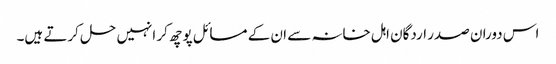
اس دوران صدر اردگان اہل خانہ سے ان کے مسائل پوچھ کر انہیں حل کرتے ہیں۔